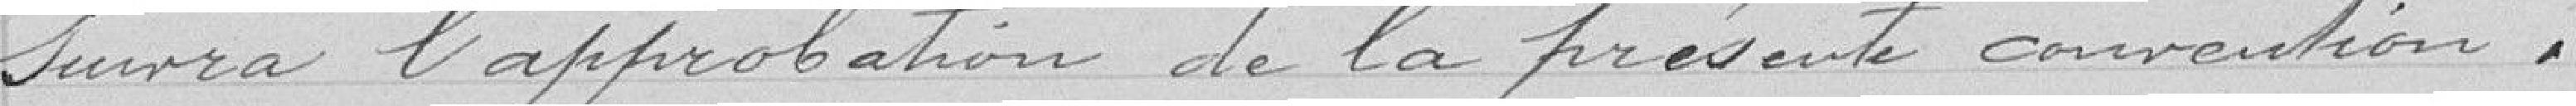
suivra l'approbation de la présente convention.